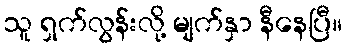
သူ ရှက်လွန်းလို့ မျက်နှာ နီနေပြီ။